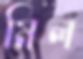
মিল